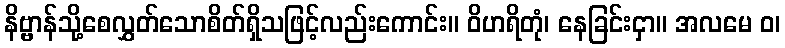
နိဗ္ဗာန်သို့စေလွှတ်သောစိတ်ရှိသဖြင့်လည်းကောင်း။ ဝိဟရိတုံ၊ နေခြင်းငှာ။ အလမေ ဝ၊